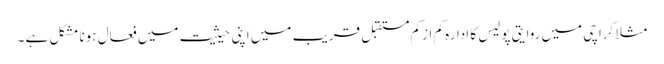
مثلا کراچی میں روایتی پولیس کا ادارہ کم ازکم مستقبل قریب میں اپنی حیثیت میں فعال ہونا مشکل ہے ۔